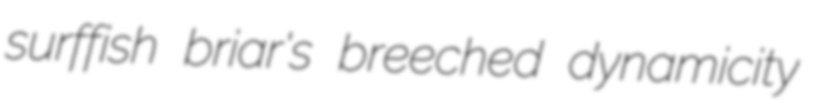
surffish briar's breeched dynamicity